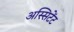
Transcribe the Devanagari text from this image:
अस्सिटेंट